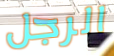
الرجل